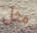
مثل